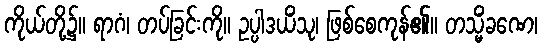
ကိုယ်တို့၌။ ရာဂံ၊ တပ်ခြင်းကို။ ဥပ္ပါဒယိံသု၊ ဖြစ်စေကုန်၏။ တသ္မိံခဏေ၊